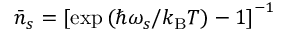
\bar { n } _ { s } = \left[ \exp \left( \hbar \omega _ { s } / k _ { \mathrm { B } } T \right) - 1 \right] ^ { - 1 }